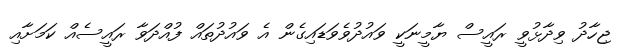
ޖިހާދު ވިދާޅުވީ ރައީސް ޔާމީނަކީ ވައުދުވެވަޑައިގެން އެ ވައުދުތައް ފުއްދަވާ ރައީސެއް ކަމަށާއި